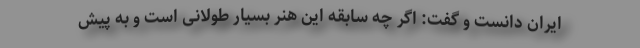
ایران دانست و گفت: اگر چه سابقه این هنر بسیار طولانی است و به پیش